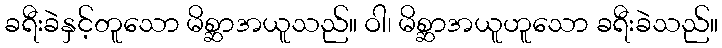
ခရီးခဲနှင့်တူသော မိစ္ဆာအယူသည်။ ဝါ၊ မိစ္ဆာအယူဟူသော ခရီးခဲသည်။